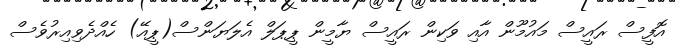
އޮފީސް ރައީސް މައުމޫން އާއި ވަކިން ރައީސް ޔާމީން ޕީޕަލް އެލަޔަންސް(ޕީއޭ) ހެއްދެވިއިރުވެސް